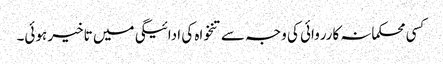
کسی محکمانہ کارروائی کی وجہ سے تنخواہ کی ادائیگی میں تاخیر ہوئی۔